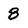
Character: 8